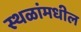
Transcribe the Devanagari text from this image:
स्थळांमधील